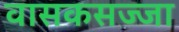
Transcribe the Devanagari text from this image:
वासकसज्जा